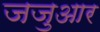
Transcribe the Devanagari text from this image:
जजुआर